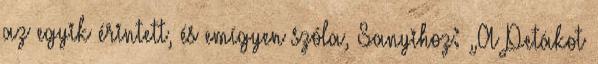
az egyik érintett, és emígyen szóla, Sanyihoz: „A Petákot